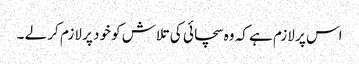
اس پر لازم ہے کہ وہ سچائی کی تلاش کو خود پر لازم کر لے ۔